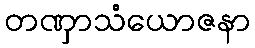
တဏှာသံယောဇနာ